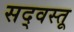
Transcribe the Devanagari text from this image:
सद्‌वस्तू